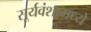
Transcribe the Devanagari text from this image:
सूर्यवंशामध्ये